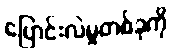
ပြောင်းလဲမှုတစ်ခုကို